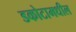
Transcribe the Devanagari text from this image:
डकोटामधील